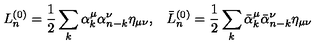
L _ { n } ^ { ( 0 ) } = \frac { 1 } { 2 } \sum _ { k } \alpha _ { k } ^ { \mu } \alpha _ { n - k } ^ { \nu } \eta _ { \mu \nu } { , } \quad \bar { L } { } _ { n } ^ { ( 0 ) } = \frac { 1 } { 2 } \sum _ { k } \bar { \alpha } { } _ { k } ^ { \mu } \bar { \alpha } { } _ { n - k } ^ { \nu } \eta _ { \mu \nu }